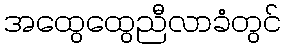
အထွေထွေညီလာခံတွင်